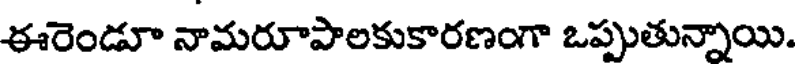
ఈరెండూ నామరూపాలకుకారణంగా ఒప్పుతున్నాయి.